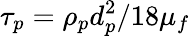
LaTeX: \tau_{p}=\rho_{p}d_{p}^{2}/18\mu_{f}